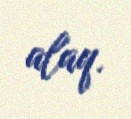
alaq.